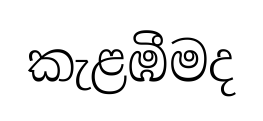
කැළඹීමද